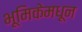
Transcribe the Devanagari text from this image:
भूमिकेमधून